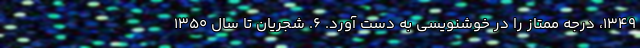
۱۳۴۹، درجهٔ ممتاز را در خوشنویسی به دست آورد. ۶. شجریان تا سال ۱۳۵۰